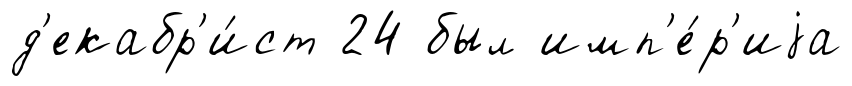
д'екабр'и́ст 24 был имп'е́р'иjа